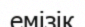
емізік